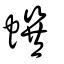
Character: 蟤